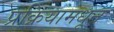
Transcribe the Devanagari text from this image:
प्रक्रियामधून